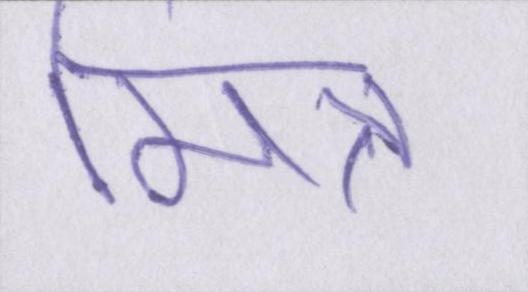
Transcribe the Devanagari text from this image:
मित्र